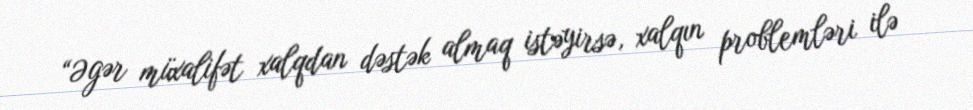
“Əgər müxalifət xalqdan dəstək almaq istəyirsə, xalqın problemləri ilə